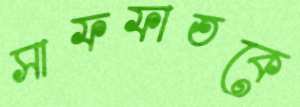
সাফফাতকে